Vaccination in Bombay 1889-1901 - 1889-1901
Year: 1889
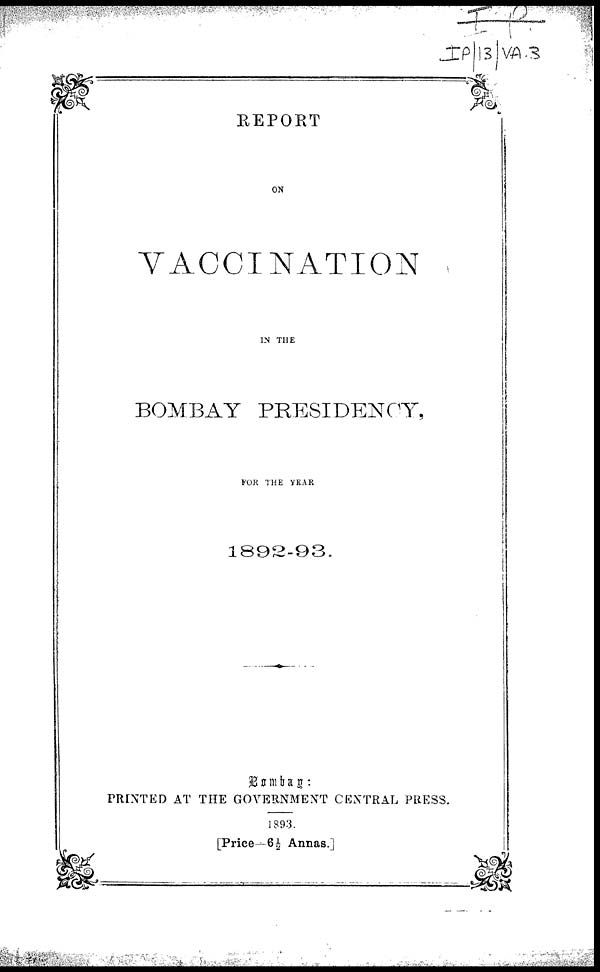
REPORT
ON
VACCINATION
IN THE
BOMBAY PRESIDENCY,
FOR THE YEAR
1892-93.
Bombay :
PRINTED AT THE GOVERNMENT CENTRAL PRESS.
1893.
[Price—6½ Annas.]